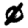
Digit: 0